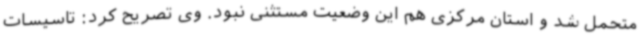
متحمل شد و استان مرکزی هم این وضعیت مستثنی نبود. وی تصریح کرد: تاسیسات